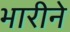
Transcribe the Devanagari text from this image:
भारीने